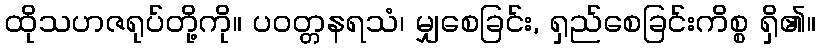
ထိုသဟဇရုပ်တို့ကို။ ပဝတ္တနရသံ၊ မျှစေခြင်း, ရှည်စေခြင်းကိစ္စ ရှိ၏။